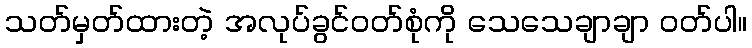
သတ်မှတ်ထားတဲ့ အလုပ်ခွင်ဝတ်စုံကို သေသေချာချာ ဝတ်ပါ။